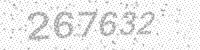
Solution: 267632